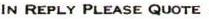
IN REPLY PLEASE QUOTE